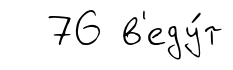
76 в'еду́т